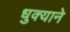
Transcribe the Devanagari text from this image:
धुक्याने